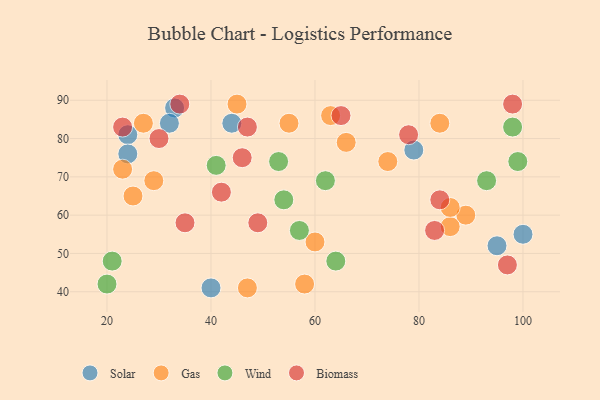
{"axis": {"x": "GDP", "y": "Life Expectancy"}, "legend": ["Biomass", "Gas", "Solar", "Wind"], "data": [{"x": "24", "y": 81, "type": "Solar"}, {"x": "95", "y": 52, "type": "Solar"}, {"x": "44", "y": 84, "type": "Solar"}, {"x": "33", "y": 88, "type": "Solar"}, {"x": "40", "y": 41, "type": "Solar"}, {"x": "24", "y": 76, "type": "Solar"}, {"x": "100", "y": 55, "type": "Solar"}, {"x": "79", "y": 77, "type": "Solar"}, {"x": "32", "y": 84, "type": "Solar"}, {"x": "60", "y": 53, "type": "Gas"}, {"x": "74", "y": 74, "type": "Gas"}, {"x": "89", "y": 60, "type": "Gas"}, {"x": "58", "y": 42, "type": "Gas"}, {"x": "27", "y": 84, "type": "Gas"}, {"x": "84", "y": 84, "type": "Gas"}, {"x": "23", "y": 72, "type": "Gas"}, {"x": "45", "y": 89, "type": "Gas"}, {"x": "25", "y": 65, "type": "Gas"}, {"x": "47", "y": 41, "type": "Gas"}, {"x": "86", "y": 57, "type": "Gas"}, {"x": "29", "y": 69, "type": "Gas"}, {"x": "86", "y": 62, "type": "Gas"}, {"x": "66", "y": 79, "type": "Gas"}, {"x": "63", "y": 86, "type": "Gas"}, {"x": "55", "y": 84, "type": "Gas"}, {"x": "57", "y": 56, "type": "Wind"}, {"x": "64", "y": 48, "type": "Wind"}, {"x": "99", "y": 74, "type": "Wind"}, {"x": "93", "y": 69, "type": "Wind"}, {"x": "53", "y": 74, "type": "Wind"}, {"x": "98", "y": 83, "type": "Wind"}, {"x": "41", "y": 73, "type": "Wind"}, {"x": "54", "y": 64, "type": "Wind"}, {"x": "62", "y": 69, "type": "Wind"}, {"x": "21", "y": 48, "type": "Wind"}, {"x": "20", "y": 42, "type": "Wind"}, {"x": "98", "y": 89, "type": "Biomass"}, {"x": "47", "y": 83, "type": "Biomass"}, {"x": "49", "y": 58, "type": "Biomass"}, {"x": "34", "y": 89, "type": "Biomass"}, {"x": "97", "y": 47, "type": "Biomass"}, {"x": "46", "y": 75, "type": "Biomass"}, {"x": "84", "y": 64, "type": "Biomass"}, {"x": "35", "y": 58, "type": "Biomass"}, {"x": "83", "y": 56, "type": "Biomass"}, {"x": "65", "y": 86, "type": "Biomass"}, {"x": "78", "y": 81, "type": "Biomass"}, {"x": "42", "y": 66, "type": "Biomass"}, {"x": "30", "y": 80, "type": "Biomass"}, {"x": "23", "y": 83, "type": "Biomass"}]}